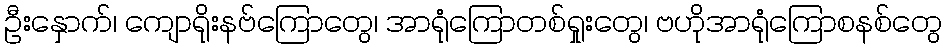
ဦးနှောက်၊ ကျောရိုးနဗ်ကြောတွေ၊ အာရုံကြောတစ်ရှုးတွေ၊ ဗဟိုအာရုံကြောစနစ်တွေ